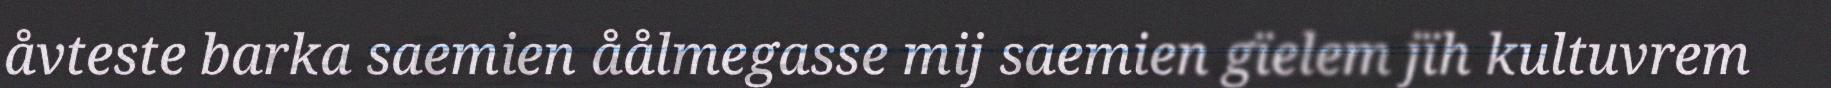
åvteste barka saemien åålmegasse mij saemien gïelem jïh kultuvrem